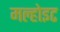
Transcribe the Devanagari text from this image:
मल्होइट